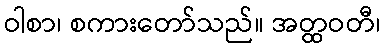
ဝါစာ၊ စကားတော်သည်။ အတ္ထဝတီ၊